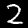
Digit: 2